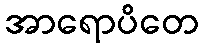
အာရောပိတေ